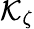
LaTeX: \mathcal{K}_{\zeta}